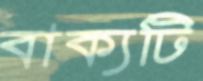
বাক্যটি